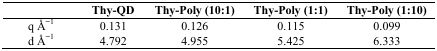
|  | Thy-QD | Thy-Poly (10:1) | Thy-Poly (1:1) | Thy-Poly (1:10) |
 | --- | --- | --- | --- | --- |
 | q Å−1 | 0.131 | 0.126 | 0.115 | 0.099 |
 | d Å−1 | 4.792 | 4.955 | 5.425 | 6.333 |